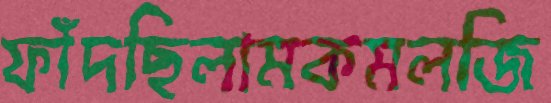
ফাঁদছিলামকমলজি